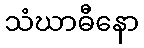
သံဃာဓီနော